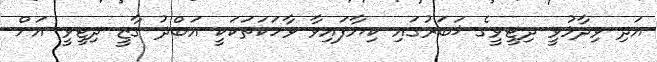
އަދި ވިދާޅުވީ ދިޓީވީގެ ޚަބަރުގައި ކިޔާފައިވާ ވާހަކަތަކަކީ އަބްދު ގާޒީ ދިޓީވީ އަށް